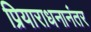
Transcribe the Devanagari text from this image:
प्रियाराधनानंतर